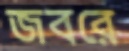
জবরে